Lunatic asylums Central Provinces reports 1886-1894 - 1886-1894
Year: 1886
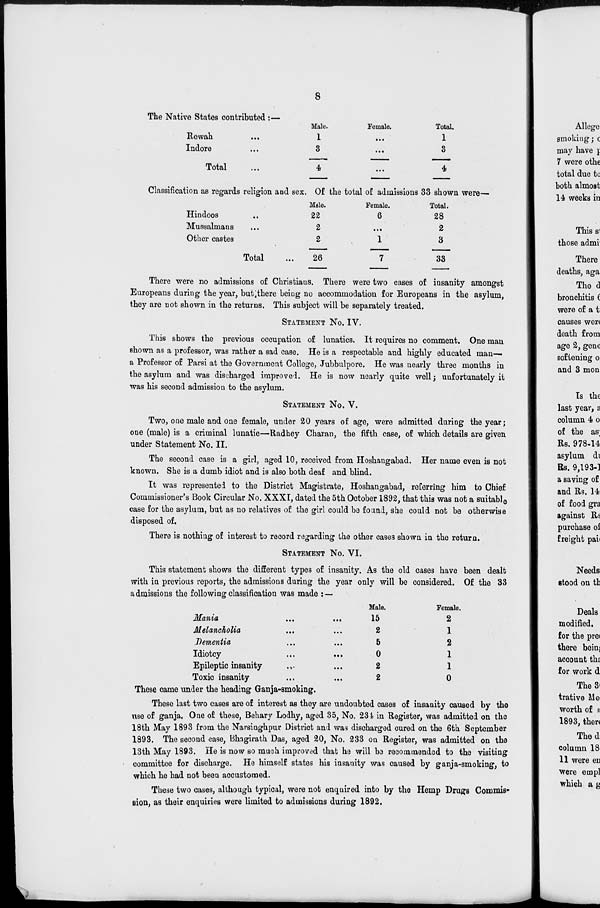
8
The Native States contributed:—
Rewah ...
Indore ...
Total ...
Male.
1
3
4
Female.
...
...
...
Total.
1
3
4
Classification as regards religion and sex. Of the total of admissions 33 shown were—
Hindoos ...
Mussalmans ...
Other castes ...
Total ...
Male.
22
2
2
26
Female.
6
...
1
7
Total.
28
2
3
33
There were no admissions of Christians. There were two cases of insanity amongst
Europeans during the year, but there being no accommodation for Europeans in the asylum,
they are not shown in the returns. This subject will be separately treated.
STATEMENT No. IV.
This shows the previous occupation of lunatics. It requires no comment. One man
shown as a professor, was rather a sad case. He is a respectable and highly educated man-—
a Professor of Parsi at the Government College, Jubbulpore. He was nearly three months in
the asylum and was discharged improved. He is now nearly quite well; unfortunately it
was his second admission to the asylum.
STATEMENT NO. V.
Two, one male and one female, under 20 years of age, were admitted during the year;
one (male) is a criminal lunatic—Radhey Charan, the fifth case, of which details are given
under Statement No. II.
The second case is a girl, aged 10, received from Hoshangabad. Her name even is not
known. She is a dumb idiot and is also both deaf and blind.
It was represented to the District Magistrate, Hoshangabad, referring him to Chief
Commissioner's Book Circular No. XXXI, dated the 5th October 1892, that this was not a suitable
case for the asylum, but as no relatives of the girl could be found, she could not be otherwise
disposed of.
There is nothing of interest to record regarding the other cases shown in the return.
STATEMENT NO. VI.
This statement shows the different types of insanity. As the old cases have been dealt
with in previous reports, the admissions during the year only will be considered. Of the 33
admissions the following classification was made : —
Mania
...
...
Melancholia
...
...
Dementia ... ...
Idiotcy
...
...
Epileptic insanity ... ...
Toxic insanity ... ...
Male.
15
2
5
0
2
2
Female.
2
1
2
1
1
0
These came under the heading Ganja-smoking.
These last two cases are of interest as they are undoubted cases of insanity caused by the
use of ganja. One of these, Behary Lodhy, aged 35, No. 234 in Register, was admitted on the
18th May 1893 from the Narsinghpur District and was discharged cured on the 6th September
1893. The second case, Bhagirath Das, aged 20, No. 233 on Register, was admitted on the
13th May 1893. He is now so much improved that he will be recommended to the visiting
committee for discharge. He himself states his insanity was caused by ganja-smoking, to
which he had not been accustomed.
These two cases, although typical, were not enquired into by the Hemp Drugs Commis-
sion, as their enquiries were limited to admissions during 1892.